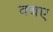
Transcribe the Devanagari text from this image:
क्बए